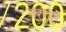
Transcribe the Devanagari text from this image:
नरगुंदे